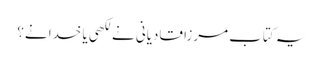
یہ کتاب مرزا قادیانی نے لکھی یا خدا نے؟